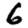
Digit: 6